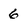
Character: 6